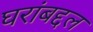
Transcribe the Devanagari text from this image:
घरांबद्दल